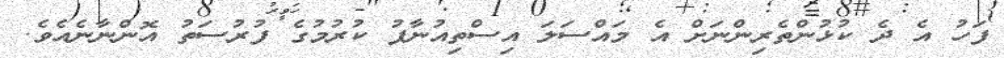
ފަަހު އެ ދެ ކުޅުންތެރިންނަށް އެ މައްސަލަ އިސްތިއުނާފު ކުރުމުގެ ފުރުސަތު އޮންނާނެއެވެ.